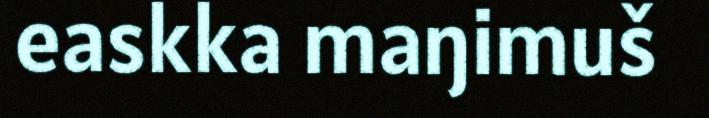
easkka maŋimuš